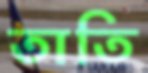
তাতি